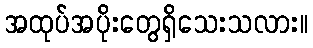
အထုပ်အပိုးတွေရှိသေးသလား။